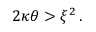
2 \kappa \theta > \xi ^ { 2 } \, .